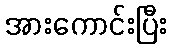
အားကောင်းပြီး